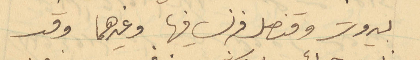
بيروت وقنصل فرنسا فيها وغيرهما وقد